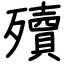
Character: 殰